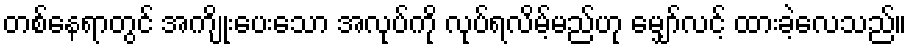
တစ်နေရာတွင် အကျိုးပေးသော အလုပ်ကို လုပ်ရလိမ့်မည်ဟု မျှော်လင့် ထားခဲ့လေသည်။